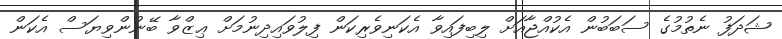
ޝަދަފު ނެތުމުގެ ސަބަބުން އެކުއްޖާއަށް ލިބިފައިވާ އެކަނިވެރިކަން ފިލުވައިދިނުމަށް ޢިޒްވާ ބޭނުންވިޔަސް އެކަން